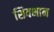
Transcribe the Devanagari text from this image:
शिवभान